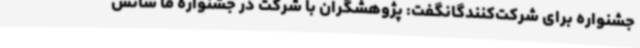
جشنواره برای شرکت‌کنندگانگفت: پژوهشگران با شرکت در جشنواره ما شانس